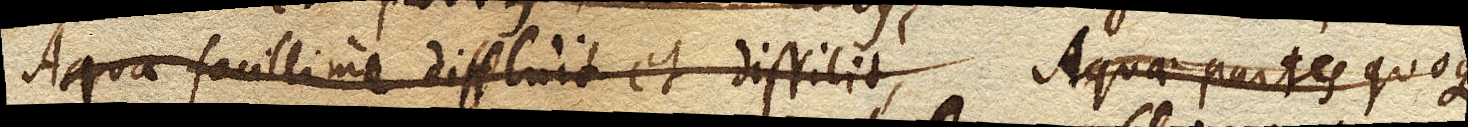
aqua facillime diffluit et dissilit, aquae partes quoque